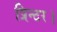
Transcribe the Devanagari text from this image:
प्रिन्टर।